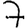
Digit: 7